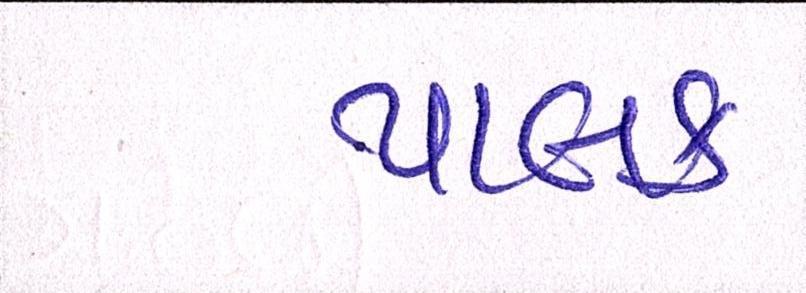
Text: પાલક